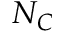
N _ { C }